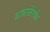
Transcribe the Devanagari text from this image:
आक्सोंस्पोर